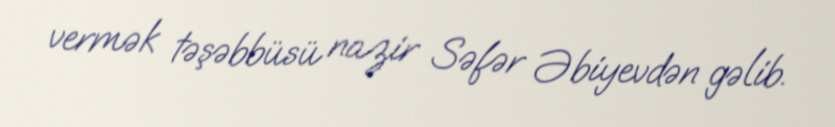
vermək təşəbbüsü nazir Səfər Əbiyevdən gəlib.